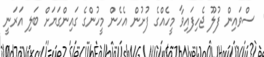
ސްވައިން ފުލޫ ޖެހިފައިވާ މީހެއްގެ ފުށުން އެހެން މީހުންގެ ގައިންގަޔަށް ބަލި އަރަނީ